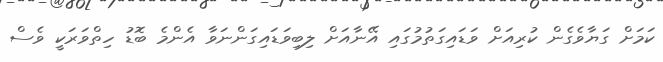
ކަމަށް ގަޔާވެގެން ކުރިއަށް ވަޑައިގަތުމުގައި އޭނާއަށްް ލިބިވަޑައިގަންނަވާ އެންމެ ބޮޑު ހިތްވަރަކީ ވެސް